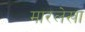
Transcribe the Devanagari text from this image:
मारलेखा